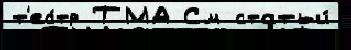
т'еа́тр ТМА См статьи́